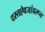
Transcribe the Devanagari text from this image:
दस्तऐवजांवरून